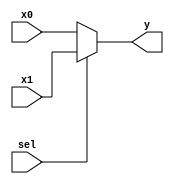
`timescale 1ns / 1ps
module mux_2x1(input x0, input x1, input sel, output y);
assign y = sel ? x1 : x0;
endmodule